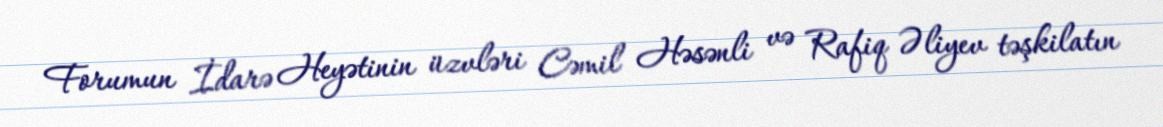
Forumun İdarə Heyətinin üzvləri Cəmil Həsənli və Rafiq Əliyev təşkilatın